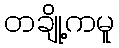
တချို့ကမူ